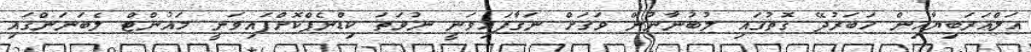
އަލްއަރަބިޔާއިން ހަބަރުދޭ ގޮތުގައި ލުބުނާނުން ވަގަށް ނަގާފައިވަނީ ނުވަތަ ކިޑްނެޕްކޮށްފައިވަނީ މައުންޓް ލެބަނަންގައި